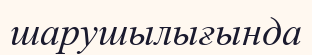
шарушылығында